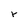
Character: r